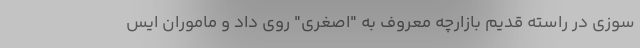
سوزی در راسته قدیم بازارچه معروف به "اصغری" روی داد و ماموران ایس